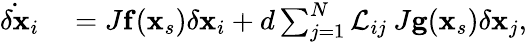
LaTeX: \begin{array}{rl}{\dot{\delta\mathbf{x}}_{i}}&{{}=J\mathbf{f}(\mathbf{x}_{s}){\delta\mathbf{x}}_{i}+d\sum_{j=1}^{N}{\cal L}_{ij}\: J\mathbf{g}(\mathbf{x}_{s}){\delta\mathbf{x}}_{j},}\end{array}